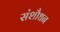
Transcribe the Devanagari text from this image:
संशौधन